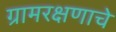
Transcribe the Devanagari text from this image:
ग्रामरक्षणाचे